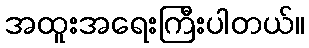
အထူးအရေးကြီးပါတယ်။